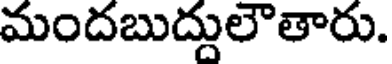
మందబుద్దులౌతారు.